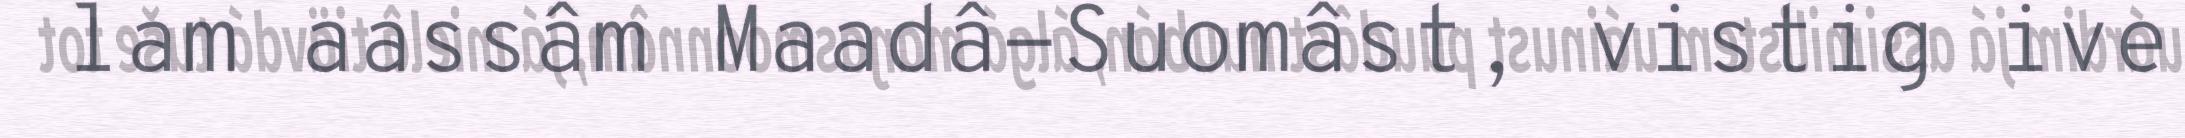
lam aassâm Maadâ-Suomâst, vistig ive